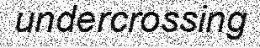
undercrossing